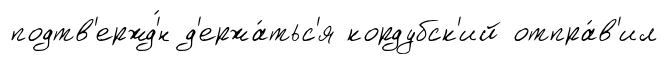
подтв'ержд'́н д'ержа́тьс'я кордубск'ий отпра́в'ил